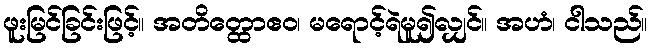
ဖူးမြင်ခြင်းဖြင့်။ အတိတ္ထောဧဝ၊ မရောင့်ရဲမူ၍လျှင်။ အဟံ၊ ငါသည်။